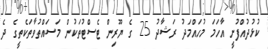
ކުޅުދުއްފުށީ އާހަމަ މުހައްމަދު ރަޝާދު 25 ގެ ޔޫރިން ޓެސްޓުތަކުން މަސައްތުވާތަކެތީގެ ދެ